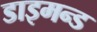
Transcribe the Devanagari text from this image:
डाइमन्ड